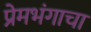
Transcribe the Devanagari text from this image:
प्रेमभंगाचा